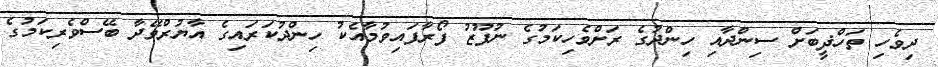
ދިވެހި ތަހްޛީބަށް ސިންދާއި ހިންދުގެ ރަށްވެހިކަމުގެ ނުފޫޒު ފޯރާފައިވުމާއެކު ހިންދުކަރައިގެ އާޔުރްވޭދާ ބޭސްވެރިކަމުގެ